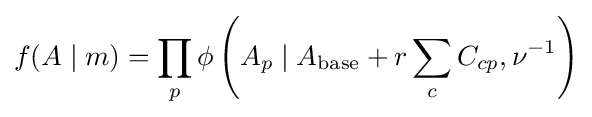
f(A\mid m)=\prod _{p}\phi \left(A_{p}\mid A_{\text{base}}+r\sum _{c}C_{cp},\nu ^{-1}\right)